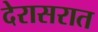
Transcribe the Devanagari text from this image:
देरासरात